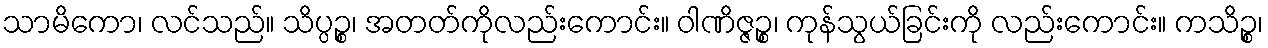
သာမိကော၊ လင်သည်။ သိပ္ပဉ္စ၊ အတတ်ကိုလည်းကောင်း။ ဝါဏိဇ္ဇဉ္စ၊ ကုန်သွယ်ခြင်းကို လည်းကောင်း။ ကသိဉ္စ၊